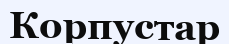
Корпустар